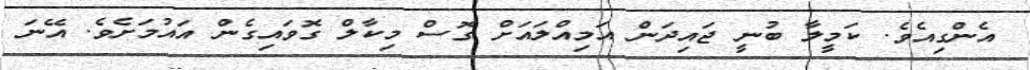
އެންގިއެވެ. ކަމީލާ ބުނީ ޖައިދަން އަމިއްލައަށް ގޮސް މިކާލް ގޮވައިގެން އައުމަށެވެ. އޭނަ